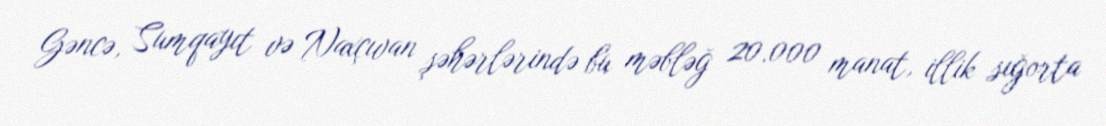
Gəncə, Sumqayıt və Naxçıvan şəhərlərində bu məbləğ 20.000 manat, illik sığorta